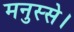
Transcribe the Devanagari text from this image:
मनुस्से।